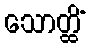
သောတ္ထိံ